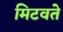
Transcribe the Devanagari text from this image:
मिटवते